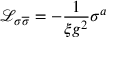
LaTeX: \mathcal { L } _ { \sigma \overline { { { \sigma } } } } = - \frac { 1 } { \xi g ^ { 2 } } \sigma ^ { a }